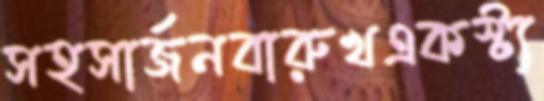
সহসার্জনবারুখএকস্ট্য